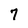
Character: 7